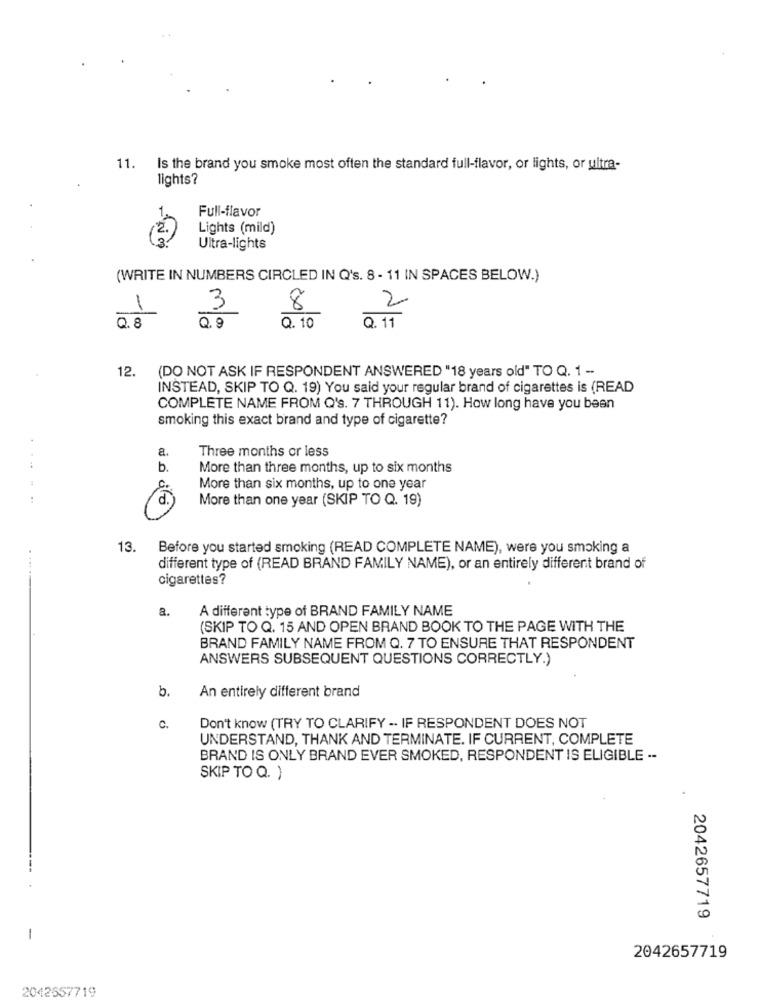
11. Is the brand you smoke most often the standard full-flavor, or lights, or ultra-
lights?
Full-flavor
Lights (mild)
Ultra-lights
(WRITE IN NUMBERS CIRCLED IN Q's. 8 - 11 IN SPACES BELOW.)
1
3
8
Q.8
Q.9
Q. 10
Q . 11
12.
(DO NOT ASK IF RESPONDENT ANSWERED "18 years old" TO Q. 1 -
INSTEAD, SKIP TO Q. 19) You said your regular brand of cigarettes is (READ
COMPLETE NAME FROM Q's. 7 THROUGH 11). How long have you been
smoking this exact brand and type of cigarette?
a.
Three months or less
b.
More than three months, up to six months
More than six months, up to one year
.....
d.
More than one year (SKIP TO Q. 19)
13. Before you started smoking (READ COMPLETE NAME), were you smoking a
different type of (READ BRAND FAMILY NAME), or an entirely different brand of
cigarettes?
a.
A different type of BRAND FAMILY NAME
(SKIP TO Q. 15 AND OPEN BRAND BOOK TO THE PAGE WITH THE
BRAND FAMILY NAME FROM Q. 7 TO ENSURE THAT RESPONDENT
ANSWERS SUBSEQUENT QUESTIONS CORRECTLY.)
b.
An entirely different brand
C.
Don't know (TRY TO CLARIFY -- IF RESPONDENT DOES NOT
UNDERSTAND, THANK AND TERMINATE. IF CURRENT, COMPLETE
BRAND IS ONLY BRAND EVER SMOKED, RESPONDENT IS ELIGIBLE --
SKIP TO Q. )
2042657719
2042657719
2042557719